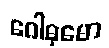
ဂေါဓုမော